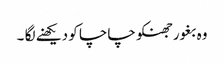
وہ بغور جھنکو چاچا کو دیکھنے لگا ۔